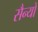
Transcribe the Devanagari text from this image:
सैन्यों